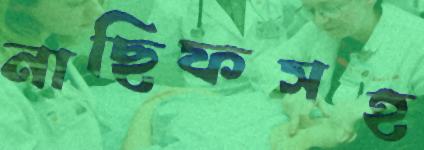
নাছিফসহ